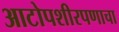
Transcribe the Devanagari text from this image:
आटोपशीरपणाचा